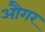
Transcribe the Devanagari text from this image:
औगर